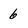
Character: 6